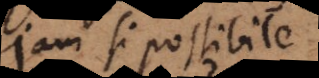
Jam si possibile